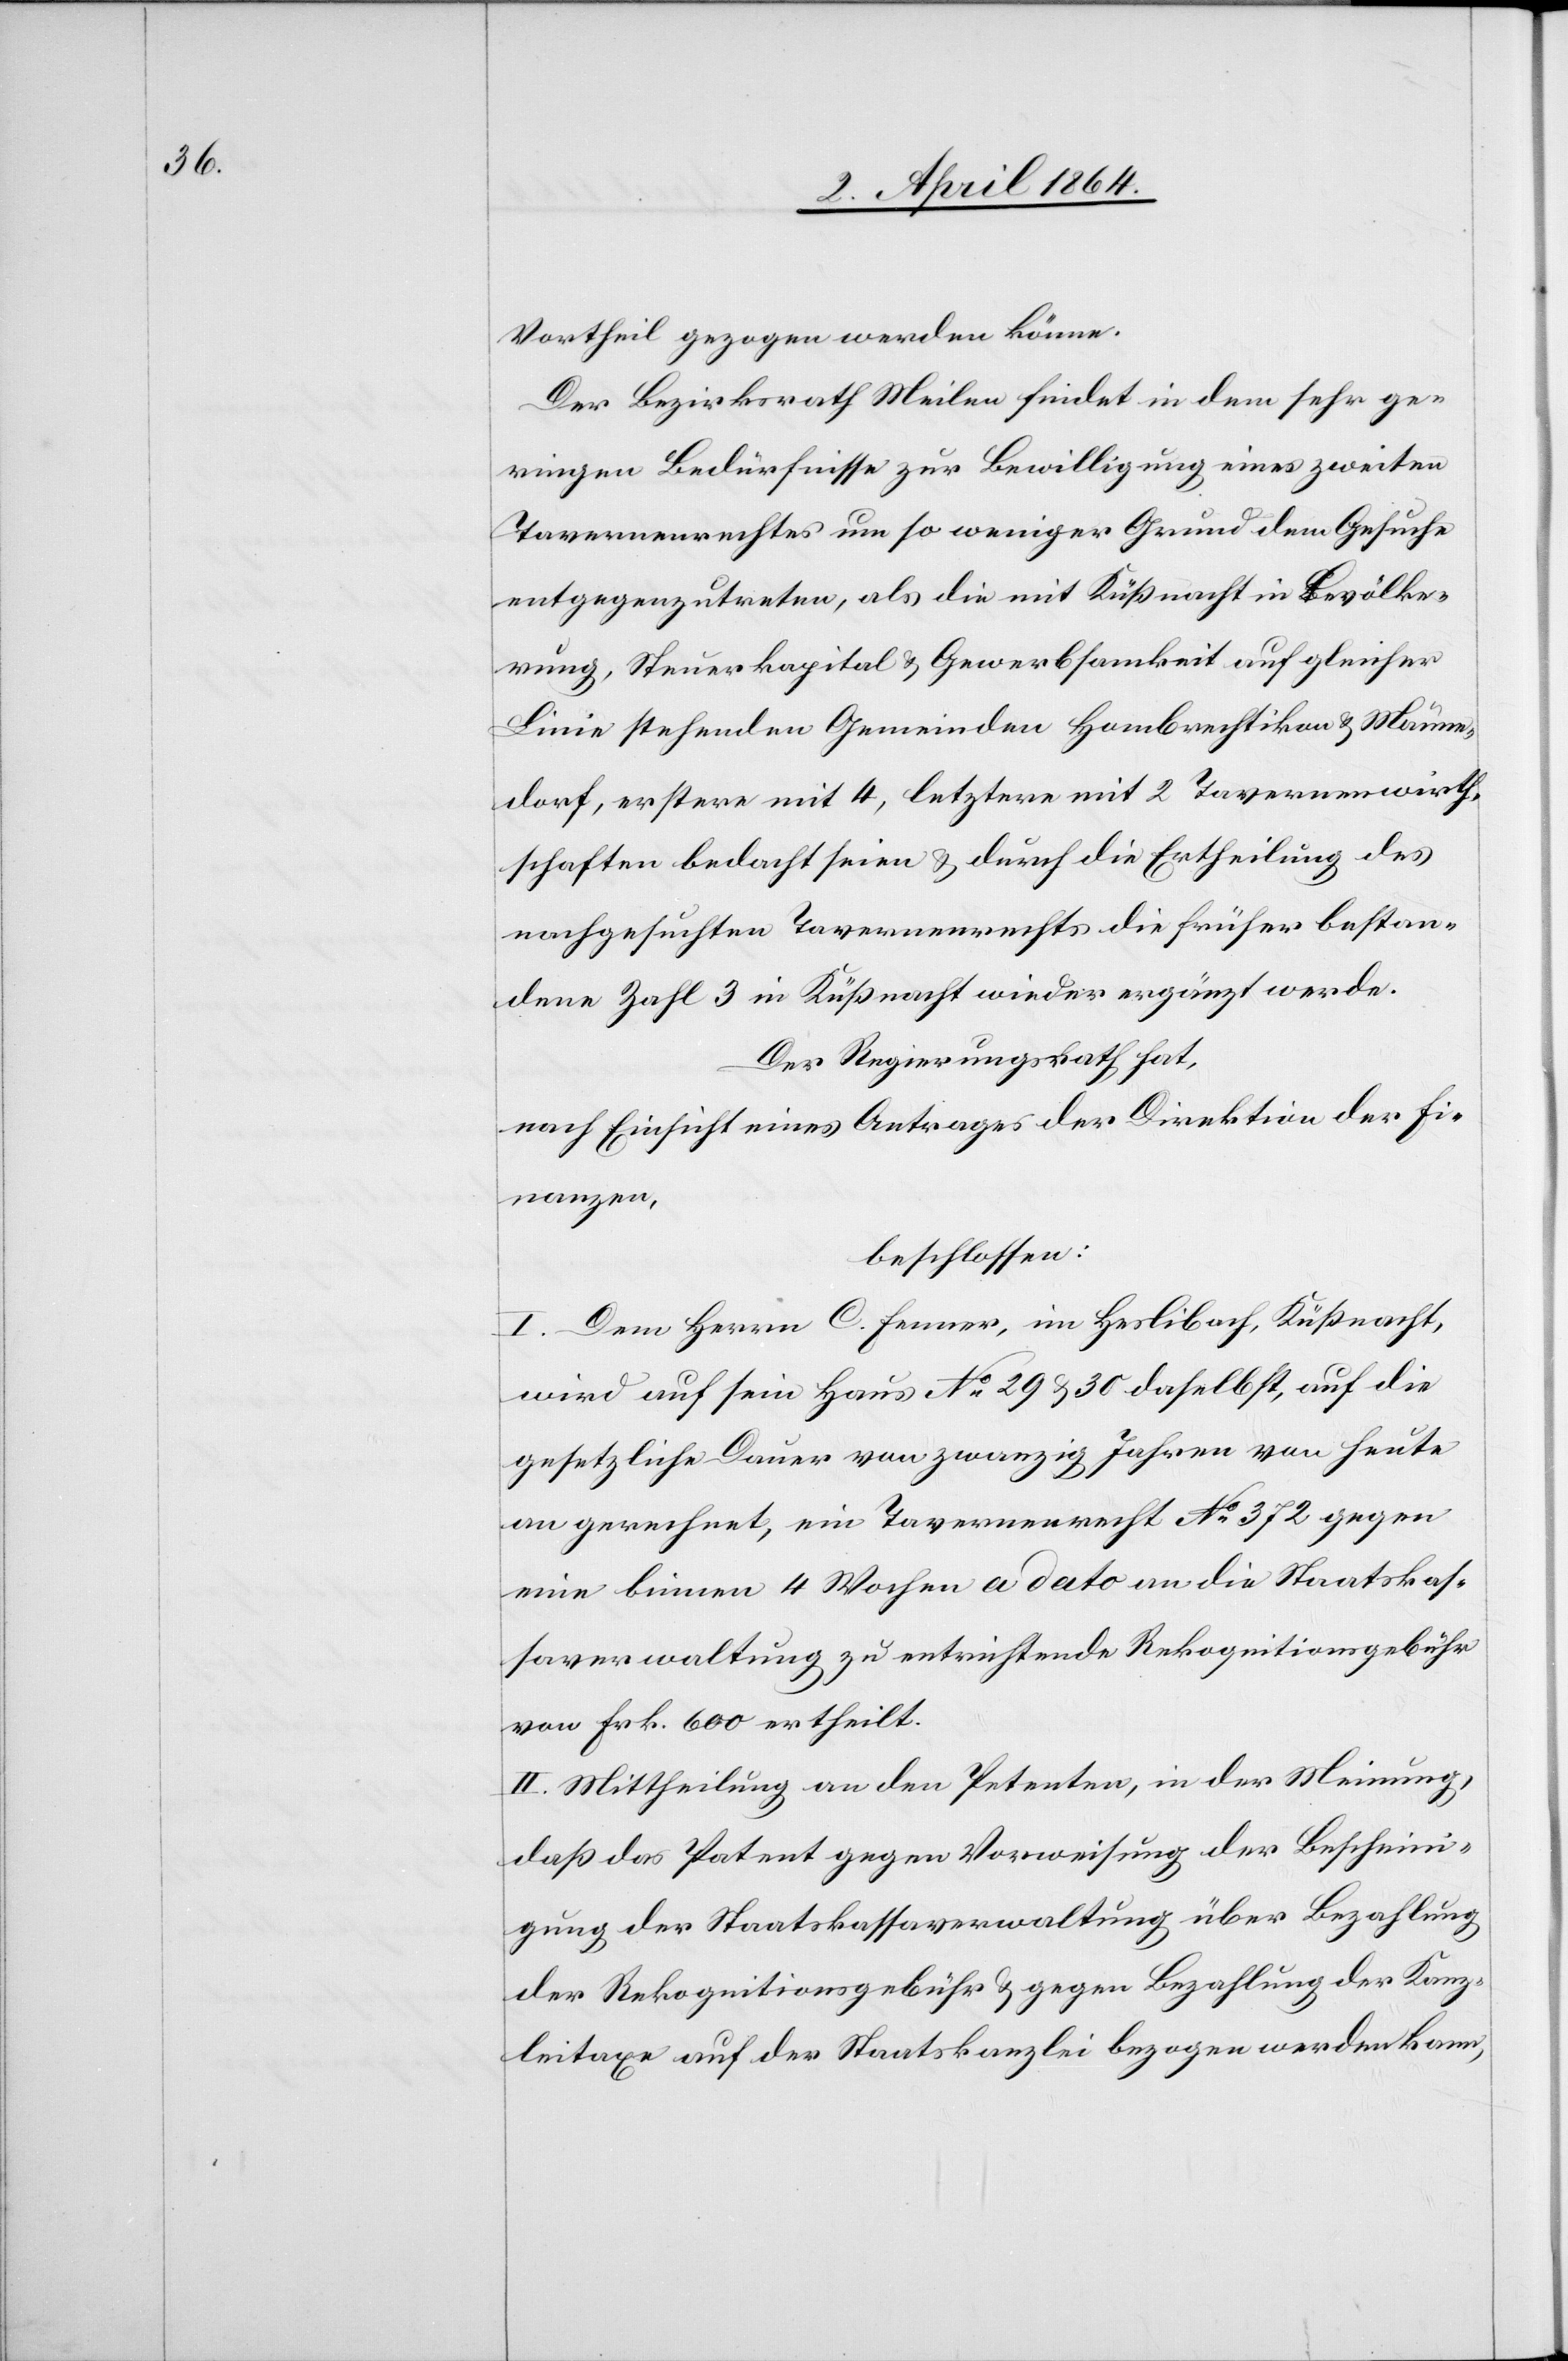
Vortheil gezogen werden könne.
Der Bezirksrath Meilen findet in dem sehr ge¬
ringen Bedürfnisse zur Bewilligung eines zweiten
Tavernenrechtes um so weniger Grund dem Gesuche
entgegenzutreten, als die mit Küßnacht in Bevölke¬
rung, Steuerkapital u. Gewerbsamkeit auf gleicher
Linie stehenden Gemeinden Hombrechtikon u. Männe¬
dorf, erstere mit 4, letztere mit 2 Tavernenwirth¬
schaften bedacht seien u. durch die Ertheilung des
nachgesuchten Tavernenrechts die früher bestan¬
dene Zahl 3 in Küßnacht wieder ergänzt werde.
Der Regierungsrath hat,
nach Einsicht eines Antrages der Direktion der Fi¬
nanzen,
beschlossen:
I. Dem Herrn C. Fenner, im Haslibach, Küßnacht,
wird auf sein Haus No 29 u. 30 daselbst, auf die
gesetzlicher Dauer von zwanzig Jahren von heute
an gerechnet, ein Tavernenrecht No 372 gegen
eine binnen 4 Wochen a dato an die Staatskas¬
saverwaltung zu entrichtenden Rekognitionsgebühr
von Frk. 600 ertheilt.
II. Mittheilung an den Petenten, in der Meinung,
daß das Patent gegen Vorweisung der Bescheini¬
gung der Staatskassaverwaltung über Bezahlung
der Rekognitionsgebühr u. gegen Bezahlung der Kanz¬
leitaxe auf der Staatskanzlei bezogen werden kann,